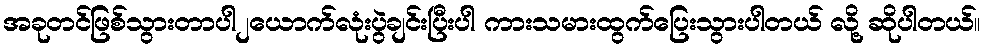
အခုတင်ဖြစ်သွားတာပါ၂ယောက်လုံးပွဲချင်းပြီးပါ ကားသမားထွက်ပြေးသွားပါတယ် လို့ ဆိုပါတယ်။